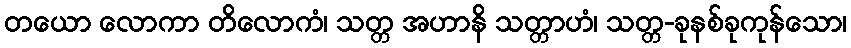
တယော လောကာ တိလောကံ၊ သတ္တ အဟာနိ သတ္တာဟံ၊ သတ္တ-ခုနစ်ခုကုန်သော၊